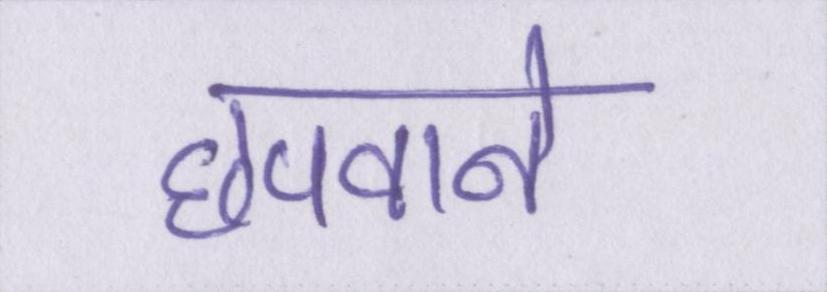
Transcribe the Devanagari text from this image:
छपवाने